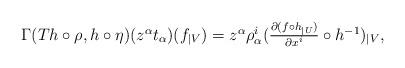
LaTeX: \begin{align*} \begin{array}{c}\Gamma ( Th\circ \rho ,h\circ \eta ) ( z^{\alpha }t_{\alpha }) ( f_{\mid V})=z^{\alpha }\rho _{\alpha }^{i}( \frac{\partial ( f\circ h_{\mid U}) }{\partial x^{i}}\circ h^{-1}) _{\mid V},\end{array}\end{align*}